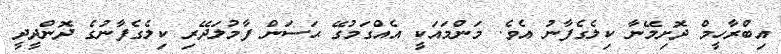
އިބްރާހީމް ދޮށިމޭނާ ކިލެގެފާނު އެވެ. މަންމައަކީ އެއްގަމުގޭ ޙަސަން ފާމުލަދޭރި ކިލެގެފާނުގެ ދޮންދީދީ